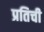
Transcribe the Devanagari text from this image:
प्रतिची